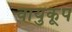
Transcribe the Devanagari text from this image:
वायुकूप